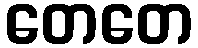
တေတေ